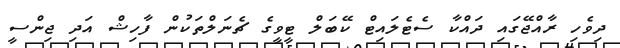
ދިވެހި ރާއްޖޭގައި ދައްކާ ސެޓެލައިޓް ކޭބަލް ޓީވީގެ ޗެނަލްތަކުން ފާހިޝް އަދި ޖިންސީ